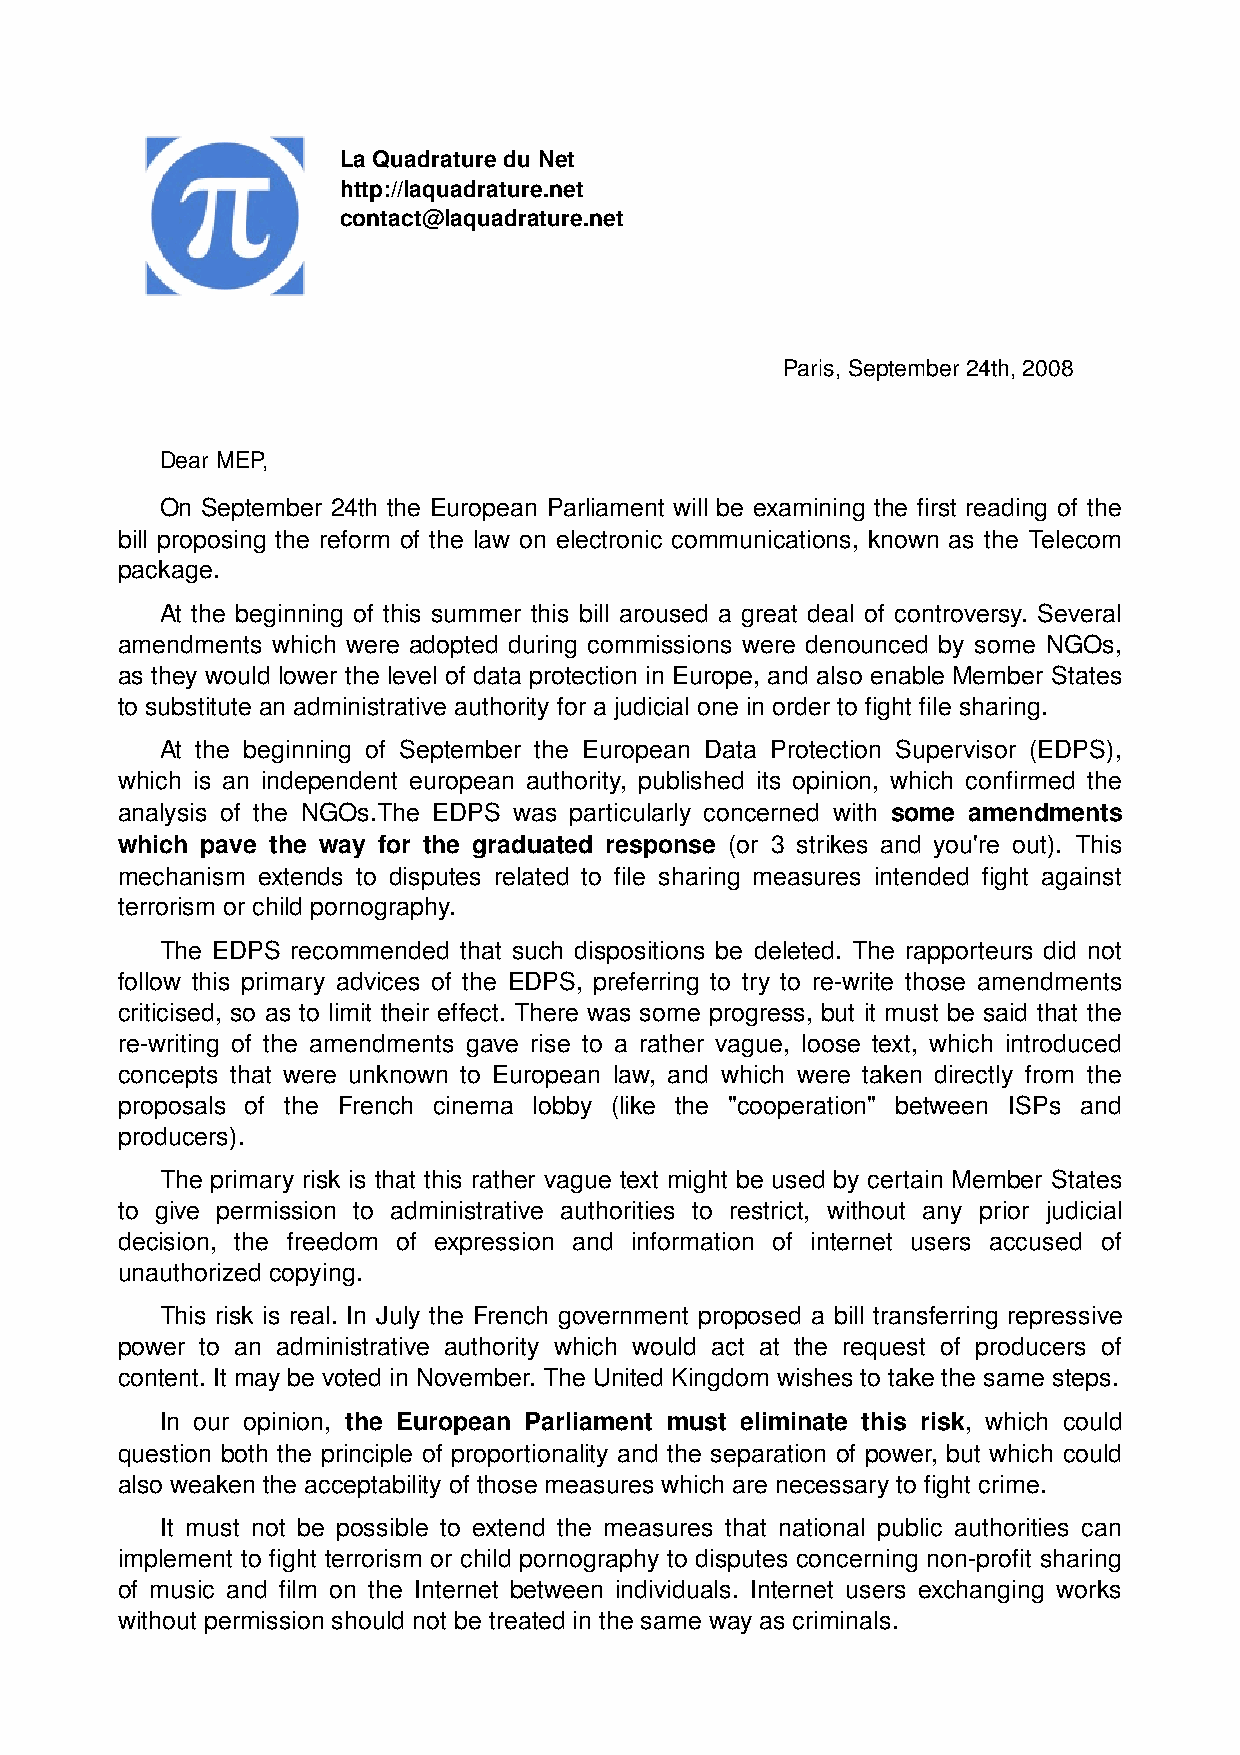
La Quadrature du Net
 http://laquadrature.net
 contact@laquadrature.net
 Paris, September 24th, 2008
 Dear MEP,
 On September 24th the European Parliament will be examining the first reading of the
 bill proposing the reform of the law on electronic communications, known as the Telecom
 package.
 At the beginning of this summer this bill aroused a great deal of controversy. Several
 amendments which were adopted during commissions were denounced by some NGOs,
 as they would lower the level of data protection in Europe, and also enable Member States
 to substitute an administrative authority for a judicial one in order to fight file sharing.
 At the beginning of September the European Data Protection Supervisor (EDPS),
 which is an independent european authority, published its opinion, which confirmed the
 analysis of the NGOs.The EDPS was particularly concerned with some amendments
 which pave the way for the graduated response (or 3 strikes and you're out). This
 mechanism extends to disputes related to file sharing measures intended fight against
 terrorism or child pornography.
 The EDPS recommended that such dispositions be deleted. The rapporteurs did not
 follow this primary advices of the EDPS, preferring to try to re­write those amendments
 criticised, so as to limit their effect. There was some progress, but it must be said that the
 re­writing of the amendments gave rise to a rather vague, loose text, which introduced
 concepts that were unknown to European law, and which were taken directly from the
 proposals of the French cinema lobby (like the "cooperation" between ISPs and
 producers).
 The primary risk is that this rather vague text might be used by certain Member States
 to give permission to administrative authorities to restrict, without any prior judicial
 decision, the freedom of expression and information of internet users accused of
 unauthorized copying.
 This risk is real. In July the French government proposed a bill transferring repressive
 power to an administrative authority which would act at the request of producers of
 content. It may be voted in November. The United Kingdom wishes to take the same steps.
 In our opinion, the European Parliament must eliminate this risk, which could
 question both the principle of proportionality and the separation of power, but which could
 also weaken the acceptability of those measures which are necessary to fight crime.
 It must not be possible to extend the measures that national public authorities can
 implement to fight terrorism or child pornography to disputes concerning non­profit sharing
 of music and film on the Internet between individuals. Internet users exchanging works
 without permission should not be treated in the same way as criminals.